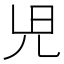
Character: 𫤗